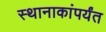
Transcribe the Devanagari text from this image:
स्थानाकांपर्यंत